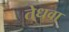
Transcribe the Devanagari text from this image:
तेधवा